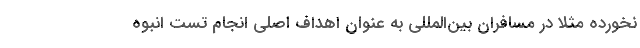
نخورده مثلا در مسافران بین‌المللی به عنوان اهداف اصلی انجام تست انبوه